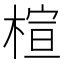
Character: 楦